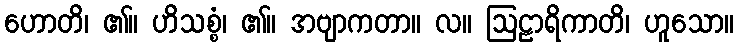
ဟောတိ၊ ၏။ ဟိသစ္စံ၊ ၏။ အဗျာကတာ။ လ။ ဩဠာရိကာတိ၊ ဟူသော။